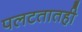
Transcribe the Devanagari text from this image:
पलटतातही